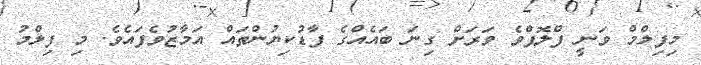
މިފިލްމް ވަނީ ފްލޮޕްވެ ވަރަށް ގިނަ ބައެއްގެ ފާޑުކިޔުންތައް އަމާޒުވެފައެވެ. މި ފިލްމު